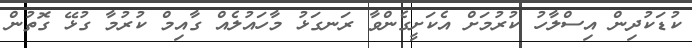
ކުޑަކުދިން އިސްލާހު ކުރުމަށް އެކަށީގެންވާ ރަނގަޅު މާހައުލެއް ގާއިމް ކުރުމާ ގުޅޭ ގޮތުން